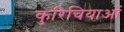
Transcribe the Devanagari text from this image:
कुरिचियाओं